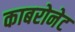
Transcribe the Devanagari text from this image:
काबरोनेट